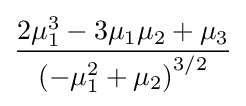
{\frac {2\mu _{1}^{3}-3\mu _{1}\mu _{2}+\mu _{3}}{\left(-\mu _{1}^{2}+\mu _{2}\right)^{3/2}}}